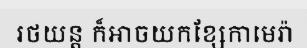
រថយន្ត ក៏អាចយកខ្សែកាមេរ៉ា